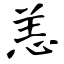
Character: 恙